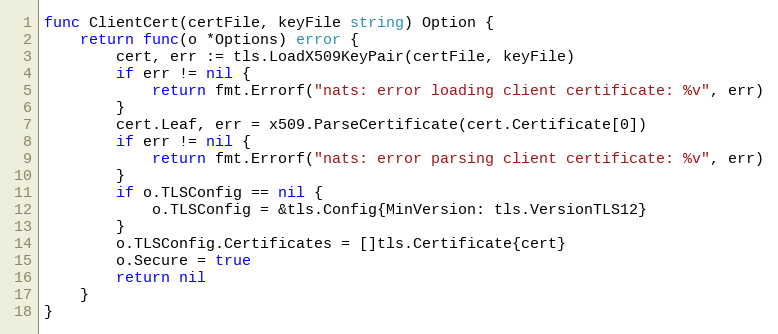
Language: Go
func ClientCert(certFile, keyFile string) Option {
	return func(o *Options) error {
		cert, err := tls.LoadX509KeyPair(certFile, keyFile)
		if err != nil {
			return fmt.Errorf("nats: error loading client certificate: %v", err)
		}
		cert.Leaf, err = x509.ParseCertificate(cert.Certificate[0])
		if err != nil {
			return fmt.Errorf("nats: error parsing client certificate: %v", err)
		}
		if o.TLSConfig == nil {
			o.TLSConfig = &tls.Config{MinVersion: tls.VersionTLS12}
		}
		o.TLSConfig.Certificates = []tls.Certificate{cert}
		o.Secure = true
		return nil
	}
}